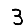
Digit: 3